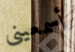
أسمعيني